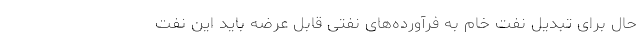
حال برای تبدیل نفت خام به فرآورده‌های نفتی قابل عرضه باید این نفت